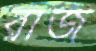
রাজ